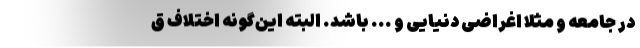
در جامعه و مثلا اغراضی دنیایی و ... باشد. البته این‌گونه اختلاف ق